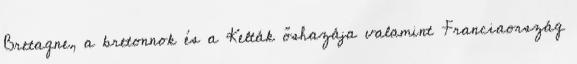
Bretagne, a bretonnok és a Kelták őshazája valamint Franciaország